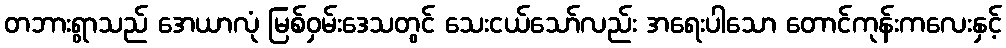
တဘားရွာသည် အေယာလုံ မြစ်ဝှမ်းဒေသတွင် သေးငယ်သော်လည်း အရေးပါသော တောင်ကုန်းကလေးနှင့်